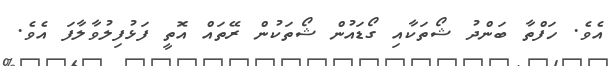
އެވެ. ހަފްތާ ބަންދު ޝޯތަކާއި ގޯޑައުން ޝޯތަކުން ރޭތައް އޮތީ ފަޅުފިލުވާލާފަ އެވެ.